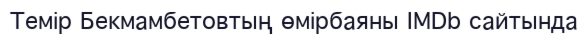
Темір Бекмамбетовтың өмірбаяны IMDb cайтында